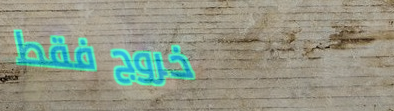
خروج فقط